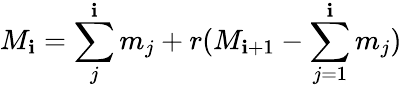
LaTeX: M_{\mathbf{i}}=\sum_{j}^{\mathbf{i}}m_{j}+r(M_{\mathbf{i}+1}-\sum_{j=1}^{\mathbf{i}}m_{j})